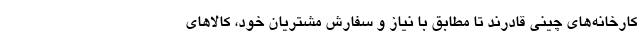
کارخانه‌های چینی قادرند تا مطابق با نیاز و سفارش مشتریان خود، کالاهای